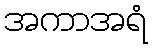
အကာအရံ